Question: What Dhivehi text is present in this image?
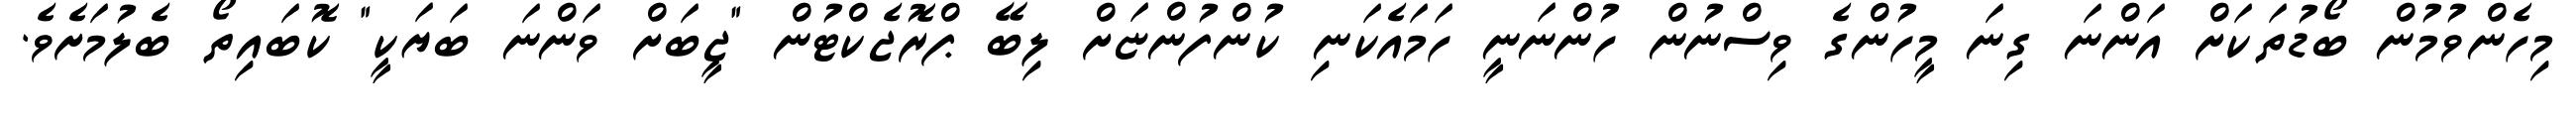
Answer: މިހެންވުމުން ބޯޑުތަކަށް އަންނަ ގިނަ މީހުންގެ ވިސްނުން ހުންނަނީ ހަމައެކަނި ކުންފުންޏަށް ލިބޭ ޕްރޮޖެކްޓުން "ޖީބަށް ވަންނަ ބަޔަކީ" ކޮބައިތޯ ބެލުމަށެވެ.